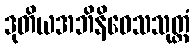
ဒုတိယအဘိနိဝေသသုတ္တံ